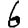
Digit: 6